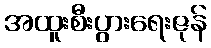
အထူးစီးပွားရေးဇုန်